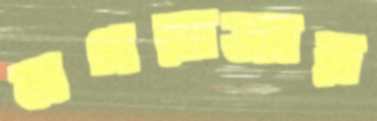
মগরাজার